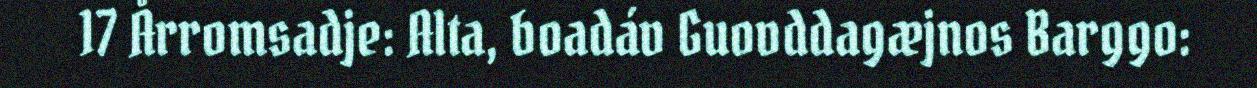
17 Årromsadje: Alta, boadáv Guovddagæjnos Barggo: